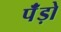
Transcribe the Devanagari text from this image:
पॅंड़ो